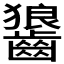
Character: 𮯏